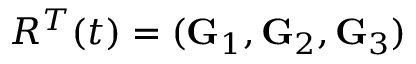
R ^ { T } ( t ) = ( { \bf G } _ { 1 } , { \bf G } _ { 2 } , { \bf G } _ { 3 } )